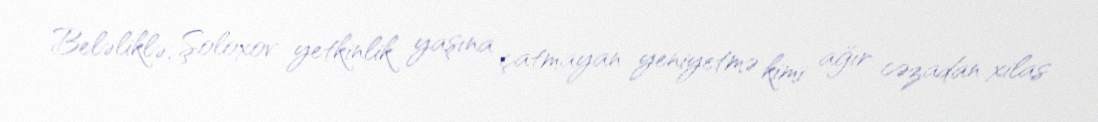
Beləliklə, Şoloxov yetkinlik yaşına çatmayan yeniyetmə kimi ağır cəzadan xilas